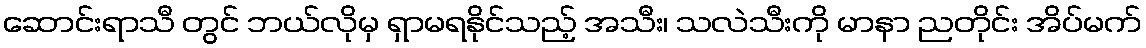
ဆောင်းရာသီ တွင် ဘယ်လိုမှ ရှာမရနိုင်သည့် အသီး၊ သလဲသီးကို မာနာ ညတိုင်း အိပ်မက်